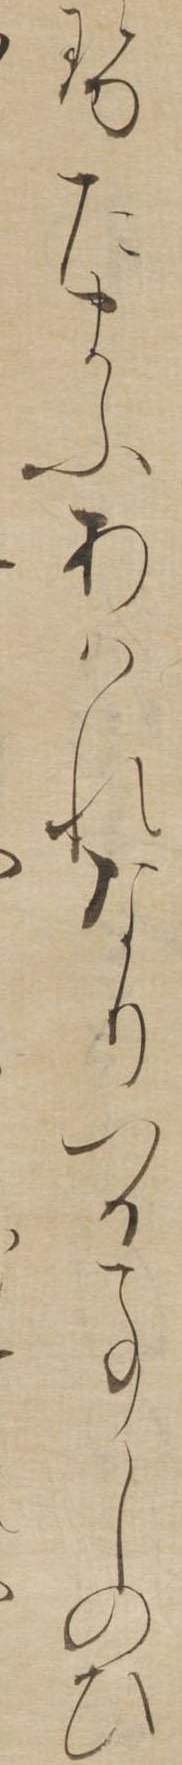
せたまふあはれなりつる事しのひ